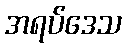
အရပ်ဒေသ